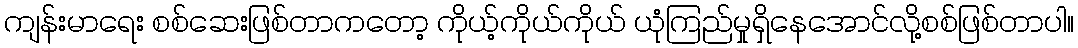
ကျန်းမာရေး စစ်ဆေးဖြစ်တာကတော့ ကိုယ့်ကိုယ်ကိုယ် ယုံကြည်မှုရှိနေအောင်လို့စစ်ဖြစ်တာပါ။